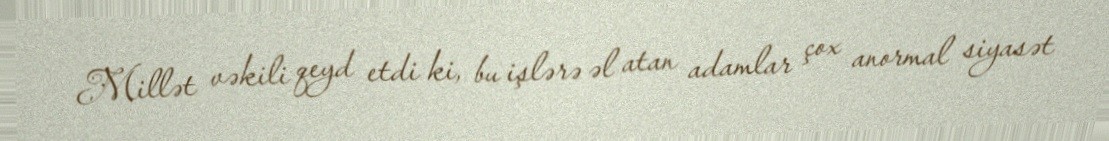
Millət vəkili qeyd etdi ki, bu işlərə əl atan adamlar çox anormal siyasət